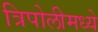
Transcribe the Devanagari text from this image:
त्रिपोलीमध्ये